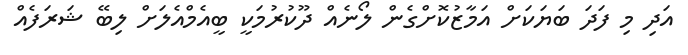
އަދި މި ފަދަ ބަޔަކަށް އަމާޒުކޮށްގެން ލޯނެއް ދޫކުރުމަކީ ބީއެމްއެލަށް ލިބޭ ޝަރަފެއް